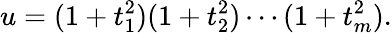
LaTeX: u=(1+t_{1}^{2})(1+t_{2}^{2})\cdots(1+t_{m}^{2}).